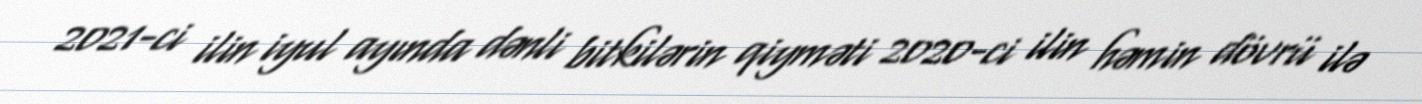
2021-ci ilin iyul ayında dənli bitkilərin qiyməti 2020-ci ilin həmin dövrü ilə